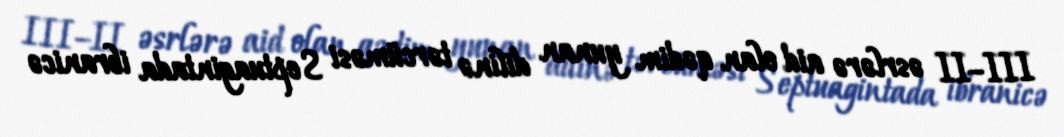
III–II əsrlərə aid olan qədim yunan dilinə tərcüməsi Septuagintada ibranicə